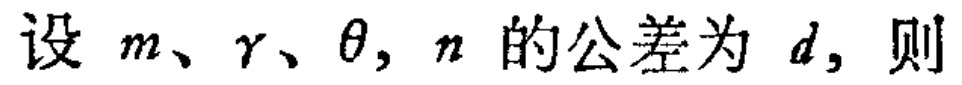
设 \(m、\gamma、\theta, n\) 的公差为 \(d\)，则